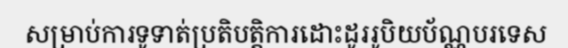
សម្រាប់ការទូទាត់ប្រតិបត្តិការដោះដូររូបិយប័ណ្ណបរទេស